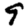
Digit: 9